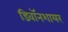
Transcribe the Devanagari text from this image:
डिवॉनशायर